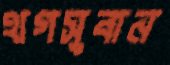
থগসুবান